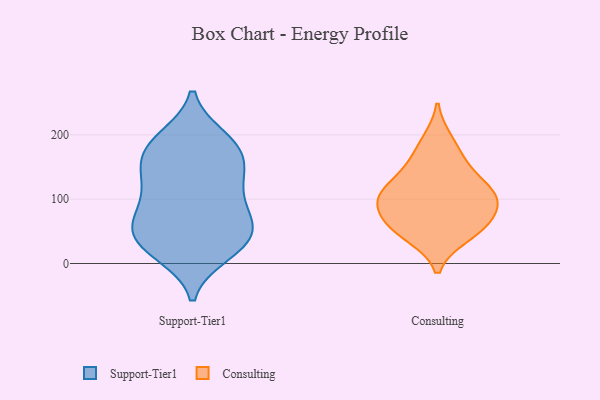
{"axis": {"x": "Budget (USD K)", "y": "Value"}, "legend": ["Consulting", "Support-Tier1"], "data": [{"x": "", "y": 33, "type": "Support-Tier1"}, {"x": "", "y": 195, "type": "Support-Tier1"}, {"x": "", "y": 74, "type": "Support-Tier1"}, {"x": "", "y": 170, "type": "Support-Tier1"}, {"x": "", "y": 128, "type": "Support-Tier1"}, {"x": "", "y": 34, "type": "Support-Tier1"}, {"x": "", "y": 56, "type": "Support-Tier1"}, {"x": "", "y": 20, "type": "Support-Tier1"}, {"x": "", "y": 164, "type": "Support-Tier1"}, {"x": "", "y": 187, "type": "Support-Tier1"}, {"x": "", "y": 134, "type": "Support-Tier1"}, {"x": "", "y": 162, "type": "Support-Tier1"}, {"x": "", "y": 110, "type": "Support-Tier1"}, {"x": "", "y": 69, "type": "Support-Tier1"}, {"x": "", "y": 74, "type": "Support-Tier1"}, {"x": "", "y": 15, "type": "Support-Tier1"}, {"x": "", "y": 193, "type": "Support-Tier1"}, {"x": "", "y": 63, "type": "Support-Tier1"}, {"x": "", "y": 125, "type": "Support-Tier1"}, {"x": "", "y": 31, "type": "Support-Tier1"}, {"x": "", "y": 141, "type": "Consulting"}, {"x": "", "y": 43, "type": "Consulting"}, {"x": "", "y": 191, "type": "Consulting"}, {"x": "", "y": 161, "type": "Consulting"}, {"x": "", "y": 107, "type": "Consulting"}, {"x": "", "y": 82, "type": "Consulting"}, {"x": "", "y": 106, "type": "Consulting"}, {"x": "", "y": 60, "type": "Consulting"}, {"x": "", "y": 112, "type": "Consulting"}, {"x": "", "y": 105, "type": "Consulting"}, {"x": "", "y": 48, "type": "Consulting"}, {"x": "", "y": 73, "type": "Consulting"}]}